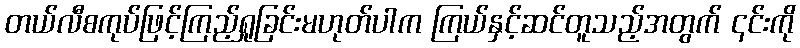
တယ်လီစကုပ်ဖြင့်ကြည့်ရှုခြင်းမဟုတ်ပါက ကြယ်နှင့်ဆင်တူသည့်အတွက် ၎င်းကို